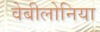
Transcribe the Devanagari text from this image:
वेबीलोनिया